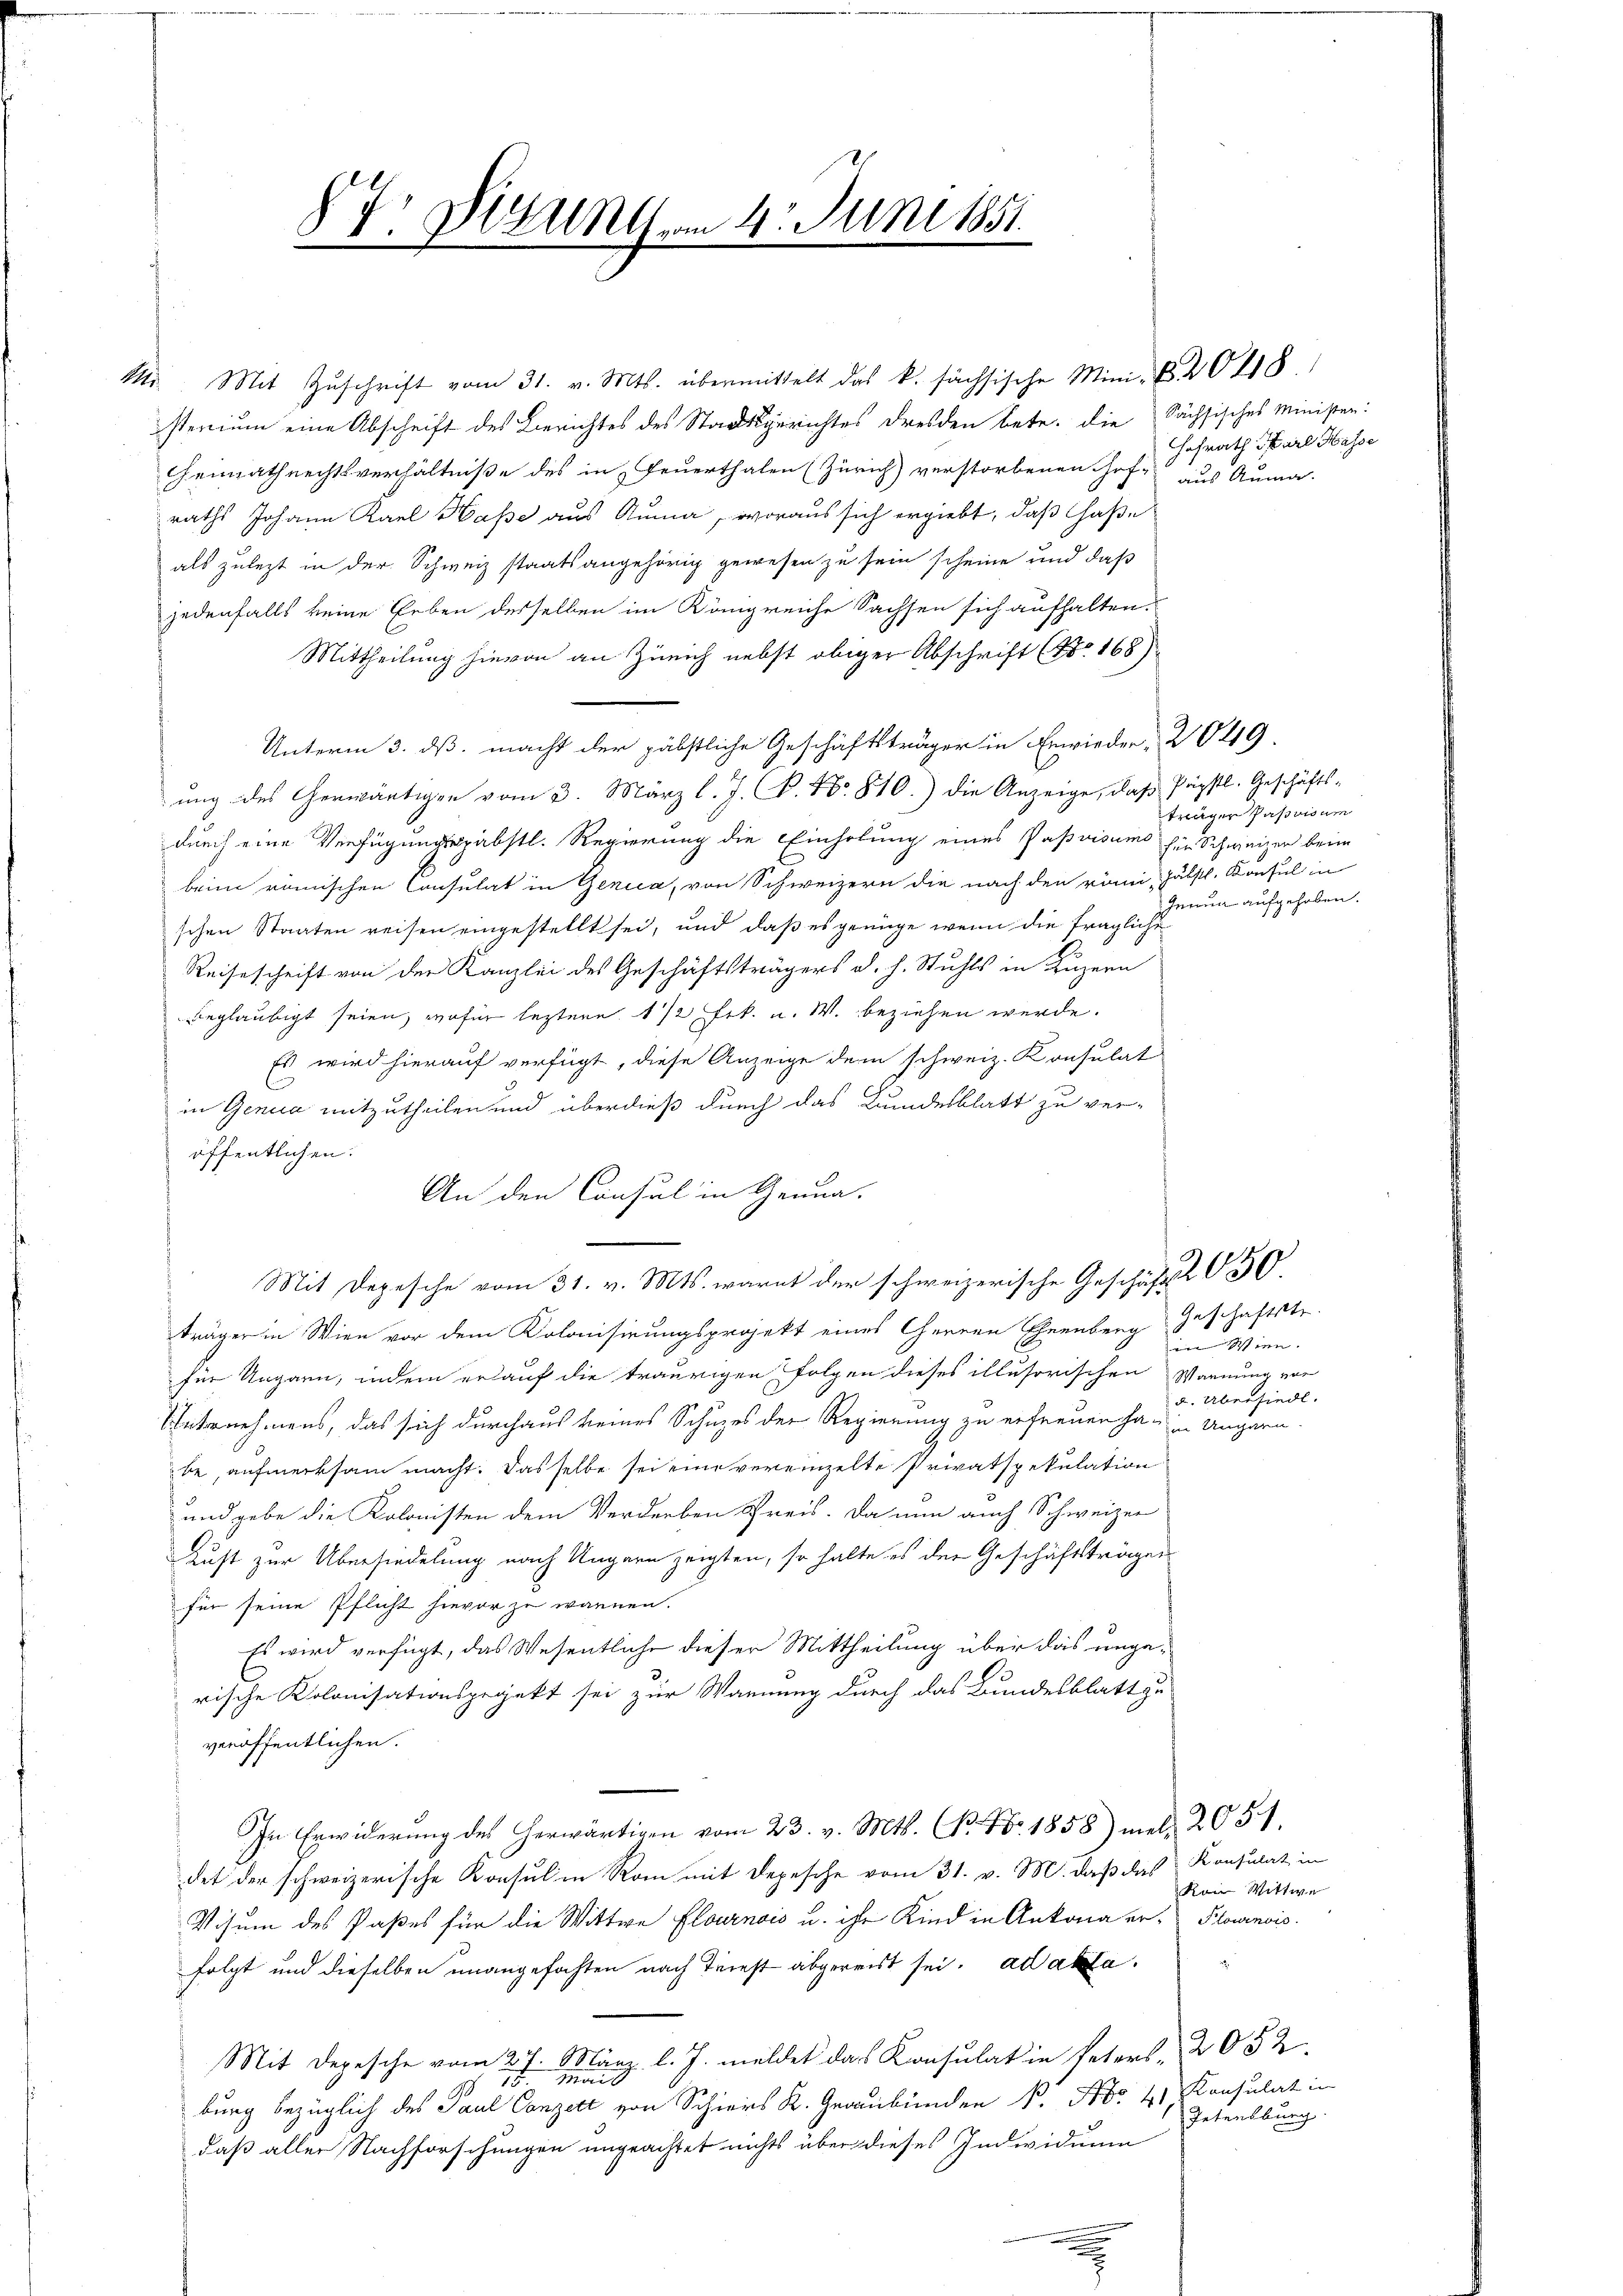
f. Brunst vom 4. Juni 1851.
6

sterium eine Abschrift des Berichtes des Stadtgerichtes Dresden betr. die Sächsisches Minister:
Gemathrechtsverhältniße des in Feuerthalen (Zürich) verstorbenen Hofe aus Auma-
raths Johann Karl Hasse aus Ruma, woraus sich ergiebt, daß Haße
als zulezt in der Schweiz staatsangehörig gewesen zu sein scheine und daß
jedenfalls keine Erben desselben im Königreiche Sachsen sich aufhalten.
Mittheilung hievon an Zürich nebst obiger Abschrift (No 168)
Unterm 3. ds. macht der päbstliche Geschäftsträger in Erwieder, 2049.
ung des herwärtigen vom 3. März l. J. P. Nr. 810.) die Anzeige, daß Päpstl. Geschäfts-
durch eine Verfügungspäbstl. Regierung die Einholung eines Paßvisums für Schweizer beim
beim römischen Consulat in Genica, von Schweizern die nach den römi- Häbstl. Konsul in
schen Staaten reisen eingestellt sei, und daß es genüge wenn die fragliche
Reiseschrift von der Kanzlei des Geschäftsträgers d. h. Stuhls in Luzern
beglaubigt seien, wofür leztere 1/2 Frk. a. W. beziehen werde.
Es wird hierauf verfügt, diese Anzeige dem schweiz. Konsulat
in Genica mitzutheilen und überdieß durch das Bundesblatt zu ver-
öffentlichen.
An den Consul in Genua,
Mit Depesche Mts. warnt der schweizerische Geschäfts 630.
träger in Wien vor dem Kolonisirungsprojekt eines Herren Ehrenberg geschaftste
in Wien.
für Ungarn, indem er auf die traurigen Folgen dieses illusorischen Warnung vor
u. Übersiedl.
Unternehmens, das sich durchaus keines Schuzes der Regierung zu erfreuen ha in Ungarn.
be, aufmerksam macht. Das selbe sei eine vereinzelte Privatspekulation
und gebe die Kolonisten dem Verderben Kreis. Da nun auch Schweizer
Luft zur Übersiedelung nach Ungarn zeigten, so halte es der Geschäftsträgen
für seine Pflicht hievor zu warmen.
Es wird verfügt, das Wesentliche dieser Mittheilung über das unge¬
3
rische Kolonisationspojekt sei zur Warnung durch das Bundesblatt zu
veröffentlichen.
In Erwiderŭng des herwärtigen vom 23. v. Mts. B. Nr. 1858) med. 2051.
det der schweizerische Konsul in Rom mit Depesche vom 31. v. M. daß das Konsulat im
Koin Wittwe
Visum des Paßes für die Wittwe Elournois u. ihr Kind in Ankona er- Plowenois.
folgt und dieselben unangefochten nach Triest abgereist sei. ad aka¬
Mit Depesche vom 27. März l. J. meldet das Konsulat in Peterl. 2052
Mail
2.
99
burg bezüglich des Paul Canzert von Schiers K. Graubünden P. Nr. 4. Konsulat in
Petensburg.
daß aller Nachforschungen ungeachtet nichts über dieses Individuum
.

1. Mit Zŭschrift vom 31. v. Mts. übermittelt das k. sächsische Mini- B. 20418.

Hofrath Karl Hasse

träger Passvisum
Jenua aufgehoben.